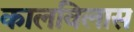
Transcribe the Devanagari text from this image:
कालविलास